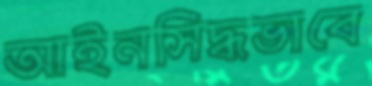
আইনসিদ্ধভাবে